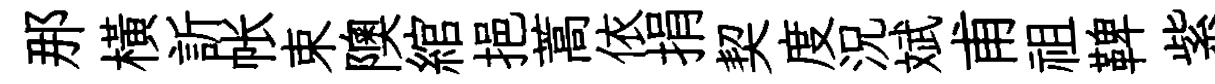
那横訢帐束隩綰挹蒿依捐契度況斌甫祖鞞紫